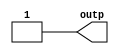
module CST_MS_SIZE (outp);
   output outp;
   assign outp = 3'b11111;
endmodule